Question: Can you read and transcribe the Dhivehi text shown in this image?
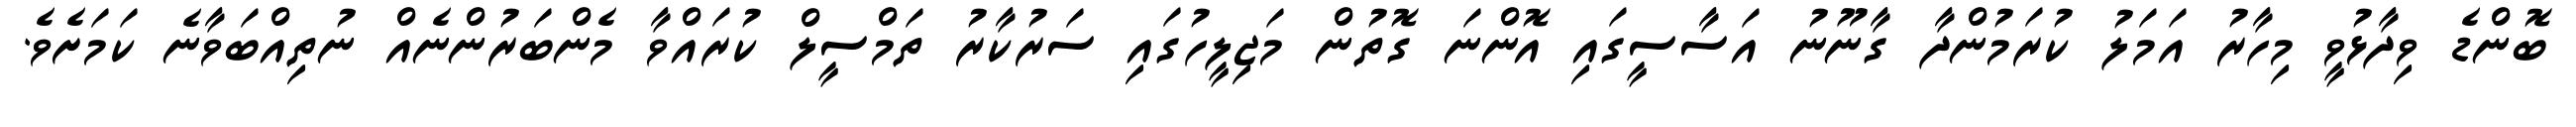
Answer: ބޮންޑެ ވިދާޅުވީ މިހާރު އަމަލު ކުރަމުންދާ ގާނޫނު އަސާސީގައި އޮންނަ ގޮތުން މަޖިލީހުގައި ސަރުކާރު ތަމްސީލް ކުރައްވާ މެންބަރުންނެއް ނުތިއްބަވާނެ ކަމަށެވެ.